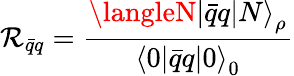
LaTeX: \mathcal{R}_{\bar{{q}}q}=\frac{{{{\langleN|\bar{{q}}q|N\rangle}_{\rho}}}}{{{\langle0|\bar{{q}}q|0\rangle}_{0}}}